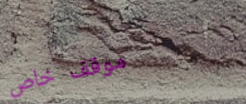
موقف خاص